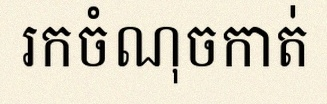
រកចំណុចកាត់